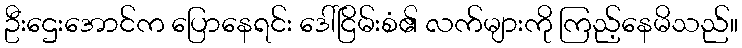
ဦးဌေးအောင်က ပြောနေရင်း ဒေါ်ငြိမ်းစံ၏ လက်များကို ကြည့်နေမိသည်။